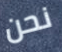
نحن